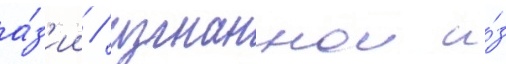
а́з'ии / изгнаннои и́з